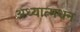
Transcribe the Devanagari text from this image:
अध्यात्मधन